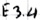
Text: E3.4